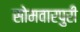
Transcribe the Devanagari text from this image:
सोमवारपुरी